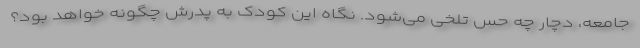
جامعه، دچار چه حس تلخی می‌شود. نگاه این کودک به پدرش چگونه خواهد بود؟